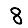
Digit: 8